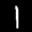
Label: 1